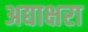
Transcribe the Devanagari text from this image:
अद्याक्षरा